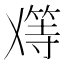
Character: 𬼑